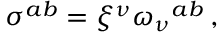
\sigma ^ { a b } = \xi ^ { \nu } \omega _ { \nu } { } ^ { a b } \, ,